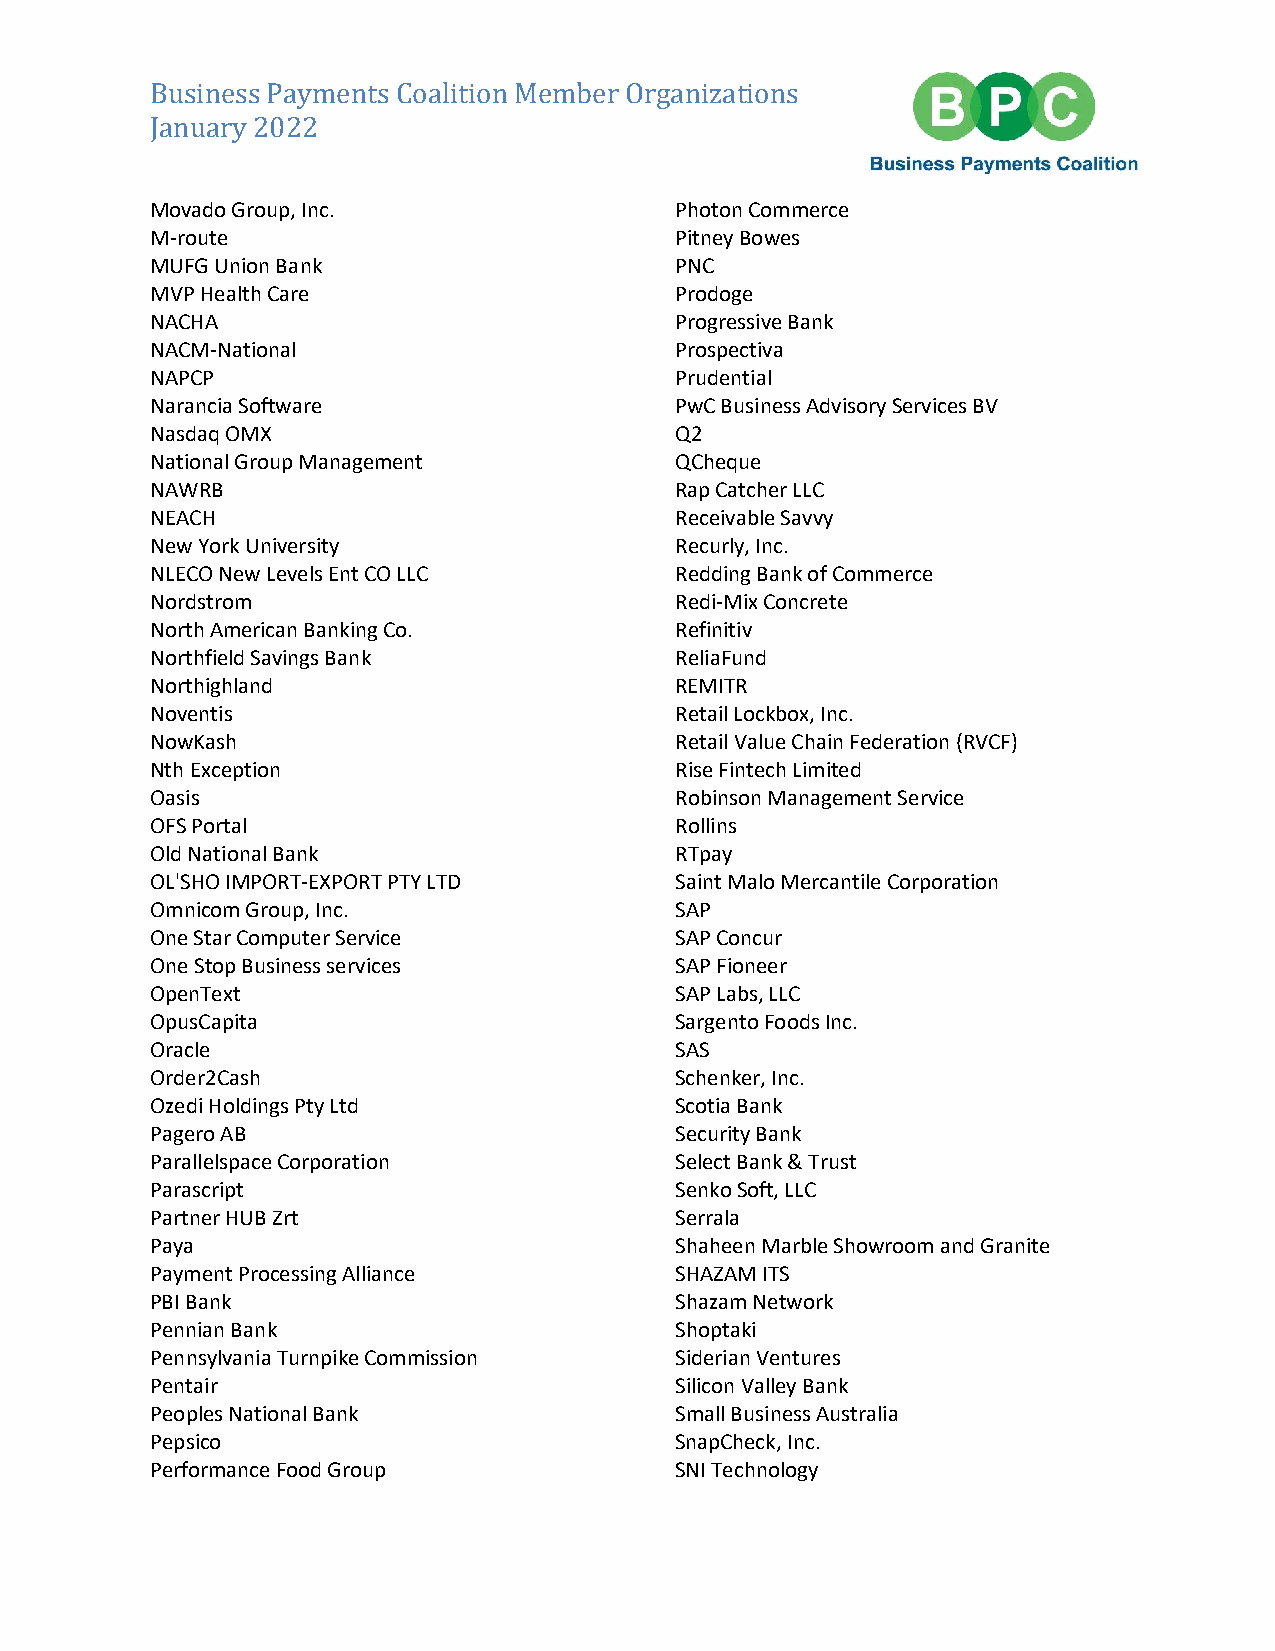
Business Payments Coalition Member Organizations
 January 2022
 Movado Group, Inc.                 Photon Commerce
 M-route                            Pitney Bowes
 MUFG Union Bank                    PNC
 MVP Health Care                    Prodoge
 NACHA                              Progressive Bank
 NACM-National                      Prospectiva
 NAPCP                              Prudential
 Narancia Software                  PwC Business Advisory Services BV
 Nasdaq OMX                         Q2
 National Group Management          QCheque
 NAWRB                              Rap Catcher LLC
 NEACH                              Receivable Savvy
 New York University                Recurly, Inc.
 NLECO New Levels Ent CO LLC        Redding Bank of Commerce
 Nordstrom                          Redi-Mix Concrete
 North American Banking Co.         Refinitiv
 Northfield Savings Bank            ReliaFund
 Northighland                       REMITR
 Noventis                           Retail Lockbox, Inc.
 NowKash                            Retail Value Chain Federation (RVCF)
 Nth Exception                      Rise Fintech Limited
 Oasis                              Robinson Management Service
 OFS Portal                         Rollins
 Old National Bank                  RTpay
 OL'SHO IMPORT-EXPORT PTY LTD       Saint Malo Mercantile Corporation
 Omnicom Group, Inc.                SAP
 One Star Computer Service          SAP Concur
 One Stop Business services         SAP Fioneer
 OpenText                           SAP Labs, LLC
 OpusCapita                         Sargento Foods Inc.
 Oracle                             SAS
 Order2Cash                         Schenker, Inc.
 Ozedi Holdings Pty Ltd             Scotia Bank
 Pagero AB                          Security Bank
 Parallelspace Corporation          Select Bank & Trust
 Parascript                         Senko Soft, LLC
 Partner HUB Zrt                    Serrala
 Paya                               Shaheen Marble Showroom and Granite
 Payment Processing Alliance        SHAZAM ITS
 PBI Bank                           Shazam Network
 Pennian Bank                       Shoptaki
 Pennsylvania Turnpike Commission   Siderian Ventures
 Pentair                            Silicon Valley Bank
 Peoples National Bank              Small Business Australia
 Pepsico                            SnapCheck, Inc.
 Performance Food Group             SNI Technology